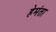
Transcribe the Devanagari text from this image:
हेमंता